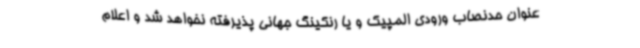
عنوان حدنصاب ورودی المپیک و یا رنکینگ جهانی پذیرفته نخواهد شد و اعلام